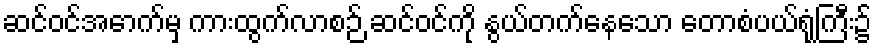
ဆင်ဝင်အောက်မှ ကားထွက်လာစဉ် ဆင်ဝင်ကို နွယ်တက်နေသော တောစံပယ်ရုံကြီး၌